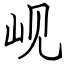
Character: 岘